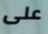
على